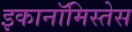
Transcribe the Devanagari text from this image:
इकानॉमिस्तेस